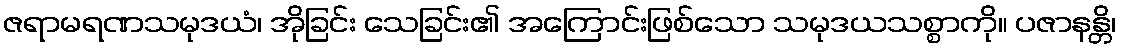
ဇရာမရဏသမုဒယံ၊ အိုခြင်း သေခြင်း၏ အကြောင်းဖြစ်သော သမုဒယသစ္စာကို။ ပဇာနန္တိ၊